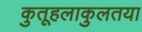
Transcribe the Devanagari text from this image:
कुतूहलाकुलतया